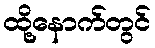
ထို့နောက်တွင်